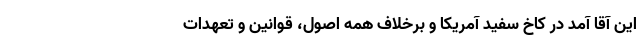
این آقا آمد در کاخ سفید آمریکا و برخلاف همه اصول، قوانین و تعهدات